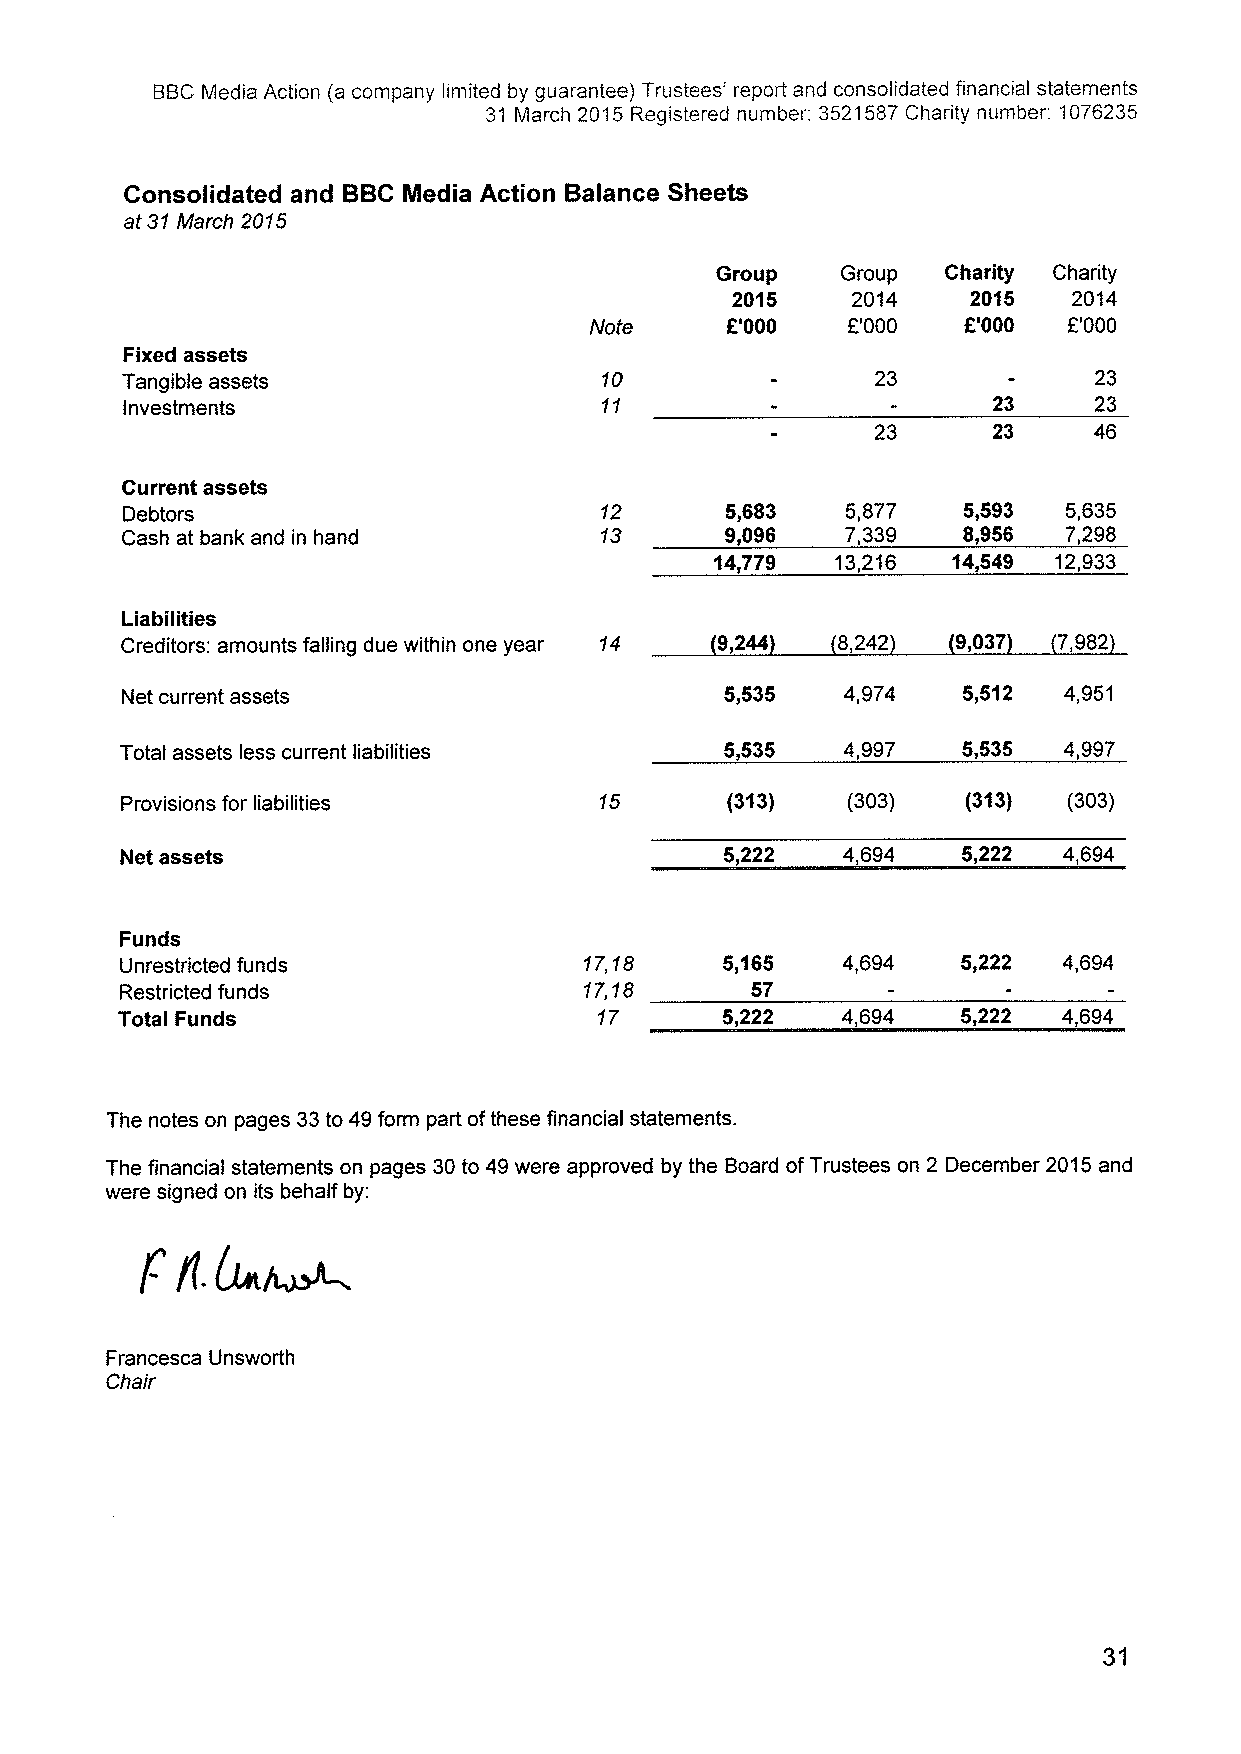
BBCMedia Action (a company limited by guarantee) Trustees' report and consolidated financial statements
 31 March 2015 Registered number: 3521587Charity number: 1076235
 Consolidated and BBCMedia Action Balance Sheets
 at 31March 2015
 Group    Group  Charity Charity
 2015    2014    2015   2014
 Note     6'000   F'000   f.'000 F'000
 Fixed assets
 Tangible assets                 10                23            23
 Investments                     11                        23    23
 23      23    46
 Current assets
 Debtors                         12      5,683   5,877   5,593  5,635
 Cash at bank and in hand        13      9,096   7,339   8,956 7,298
 14,779  13,216  14,549 12,933
 Liabilities
 Creditors: amounts falling due within one year 14 9,244 8,242 9,037 7,982
 Net current assets                      5,535   4,974   5,512 4,951
 Total assets less current liabilities   5,535   4,997   5,535 4,997
 Provisions for liabilities      15      (313)   (303)   (313)  (303)
 Net assets                              5,222   4,694   5,222 4,694
 Funds
 Unrestricted funds             17,18    5,165   4,694   5,222 4,694
 Restricted funds               17,18      57
 Total Funds                     17      5,222   4,694   5,222 4,694
 The notes on pages 33to 49form part ofthese financial statements.
 The financial statements on pages 30to 49were approved by the Board ofTrustees on 2 December 2015and
 were signed on its behalf by:
 Francesca Unsworth
 Chair
 31